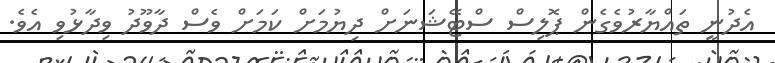
އެދުނީ ތައްޔާރުވެގެން ޕޮލިސް ސްޓޭޝަނަށް ދިޔުމަށް ކަމަށް ވެސް ދާވޫދު ވިދާޅުވި އެވެ.